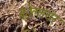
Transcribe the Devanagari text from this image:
कोल्लयर